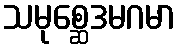
သမုစ္ဆေဒမဂမာ